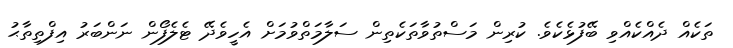
ތަކެއް ދެއްކެއްވި ބޭފުޅެކެވެ. ކުރިން މަސްތުވާތަކެތިން ސަލާމަތްވުމަށް އެހީވެދޭ ޓެލެފޯން ނަންބަރު އިފްތިތާޙު